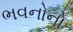
ભવનોનો